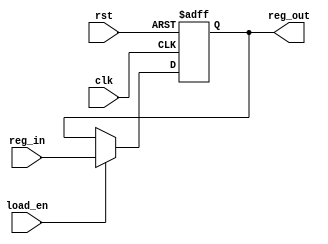
module register(reg_out,reg_in,load_en,rst,clk);
output reg [5:0]reg_out;
input [5:0]reg_in;
input load_en,rst;
input clk;

reg [5:0]reg_out_temp;

always@*begin
if(load_en)
reg_out_temp = reg_in;
else
reg_out_temp = reg_out;
end


always@(posedge clk or posedge rst)begin
    if(rst)
    reg_out <= 5'd0;
    else
    reg_out <= reg_out_temp;
end
endmodule